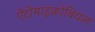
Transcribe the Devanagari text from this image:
ऐंटीमाइक्रोबियल